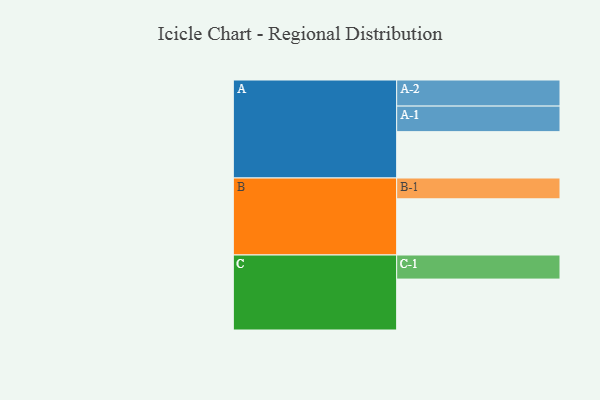
{"axis": {"x": "Segment", "y": "Value"}, "legend": ["", "A", "B", "C"], "data": [{"x": "A", "y": 439, "type": ""}, {"x": "B", "y": 532, "type": ""}, {"x": "C", "y": 482, "type": ""}, {"x": "A-1", "y": 242, "type": "A"}, {"x": "A-2", "y": 247, "type": "A"}, {"x": "B-1", "y": 197, "type": "B"}, {"x": "C-1", "y": 228, "type": "C"}]}